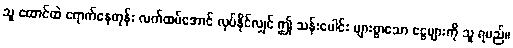
သူ ထောင်ထဲ ရောက်နေတုန်း လက်ထပ်အောင် လုပ်နိုင်လျှင် ဤ သန်းပေါင်း များစွာသော ငွေများကို သူ ရမည်။